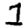
Digit: 1